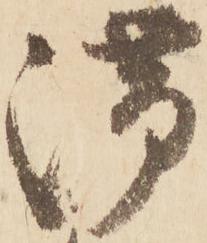
滞